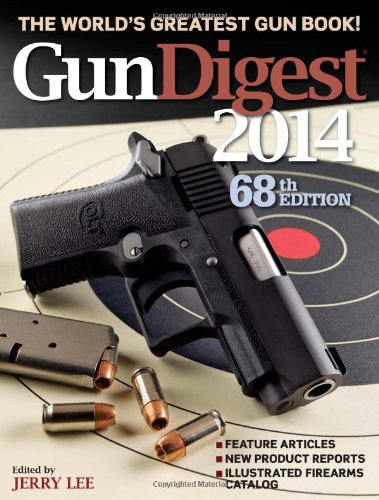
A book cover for Gun Digest 2014; Jerry Lee; Crafts, Hobbies & Home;